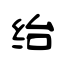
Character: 绐